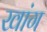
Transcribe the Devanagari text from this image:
खांग